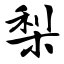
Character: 梨